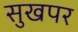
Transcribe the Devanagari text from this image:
सुखपर